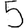
Digit: 5